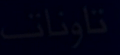
تاونات